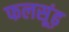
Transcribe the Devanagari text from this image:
फलसूंढ़